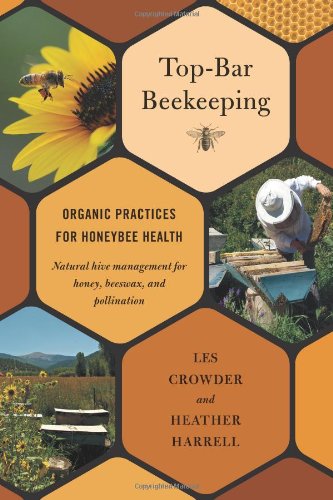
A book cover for Top-Bar Beekeeping: Organic Practices for Honeybee Health; Les Crowder; Crafts, Hobbies & Home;